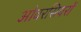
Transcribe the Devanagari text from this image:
ओवरसियरों